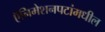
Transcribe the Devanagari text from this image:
ऍनिमेशनपटांमधील